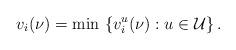
LaTeX: \begin{align*}v_i(\nu) = \min \, \left\{v_i^u(\nu): u \in \mathcal{U}\right\}. \end{align*}